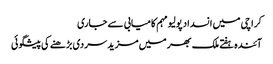
کراچی میں انسداد پولیو مہم کامیابی سے جاری
آئندہ ہفتے ملک بھر میں مزید سردی بڑھنے کی پیشگوئی